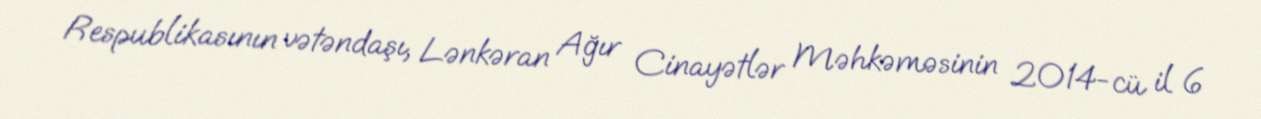
Respublikasının vətəndaşı, Lənkəran Ağır Cinayətlər Məhkəməsinin 2014-cü il 6